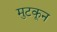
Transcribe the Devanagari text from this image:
मुटकून